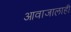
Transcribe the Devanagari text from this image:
आवाजालाही